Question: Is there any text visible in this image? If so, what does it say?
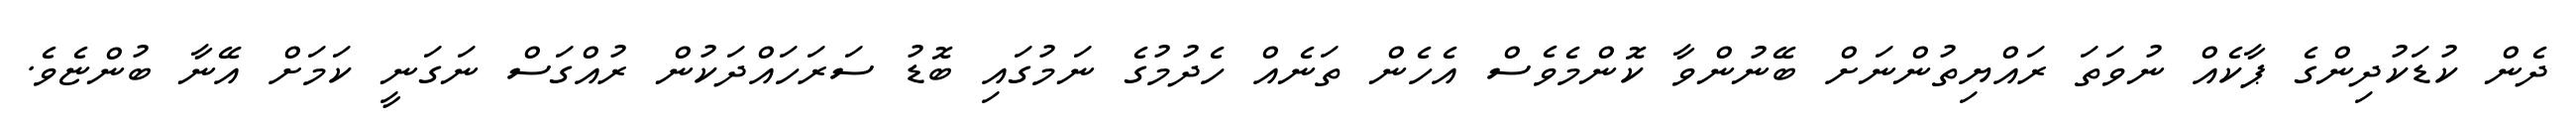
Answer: ދެން ކުޑަކުދިންގެ ޕާކެއް ނުވަތަ ރައްޔިތުންނަށް ބޭނުންވާ ކޮންމެވެސް އެހެން ތަނެއް ހެދުމުގެ ނަމުގައި ބޮޑު ސަރަހައްދަކުން ރުއްގަސް ނަގަނީ ކަމަށް އޭނާ ބުންޏެވެ.